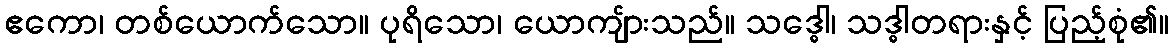
ဧကော၊ တစ်ယောက်သော။ ပုရိသော၊ ယောကျ်ားသည်။ သဒ္ဓေါ၊ သဒ္ဓါတရားနှင့် ပြည့်စုံ၏။